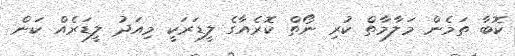
ކޮބާ ތަމެން މަލާމާތް ކުރި ނޯތް ކޮރެއާގެ ލީޑަރަކީ މިއަދު ލީޑަރެއް ކަން